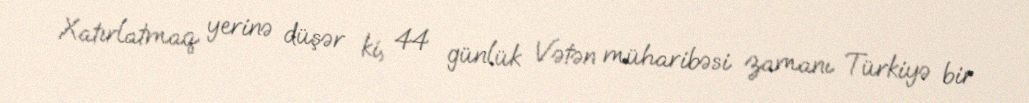
Xatırlatmaq yerinə düşər ki, 44 günlük Vətən müharibəsi zamanı Türkiyə bir